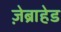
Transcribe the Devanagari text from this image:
ज़ेब्राहेड